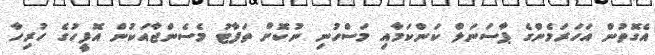
އެގޮތުން އަހަރަމެންގެ ޕާސަނަލް ކަންކަމާއި މަސްހުނި ނުކޮށް ތަފާޓު މެސެންޖާއަކުން އޮފީހުގެ ހުރިހާ